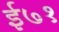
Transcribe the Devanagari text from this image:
ई७१